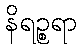
နိရဉ္စရာ